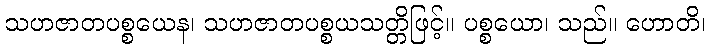
သဟဇာတပစ္စယေန၊ သဟဇာတပစ္စယသတ္တိဖြင့်။ ပစ္စယော၊ သည်။ ဟောတိ၊